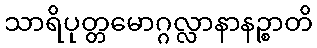
သာရိပုတ္တမောဂ္ဂလ္လာနာနဉ္စာတိ